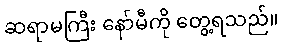
ဆရာမကြီး နော်မီကို တွေ့ရသည်။